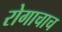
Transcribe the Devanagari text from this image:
रोगाचाच